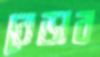
বেড়াব